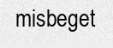
misbeget